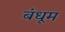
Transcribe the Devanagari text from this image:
बंधूम